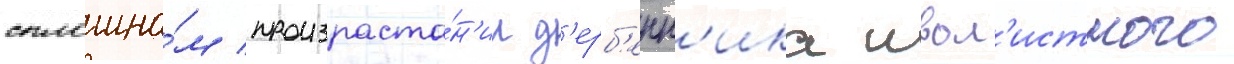
сплошно́м произраста́н'ии д'ерб'енн'ика ивол'истного